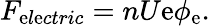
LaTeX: F_{\mathrm{e}l\mathrm{e}ctric}=nU\mathrm{e}\phi_{\mathrm{e}}.